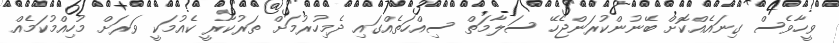
ވީހާވެސް ގިނައެއްކޮށް ބޭނުންކުރަންޖެހޭ ސަލާމަތް ސިއްހަތެއްގައި ދެމިހުރުމަށް ތަރުކާރީ ކެއުމަކީ ވަރަށް މުހިއްމުކަމެއް